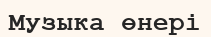
Музыка өнері